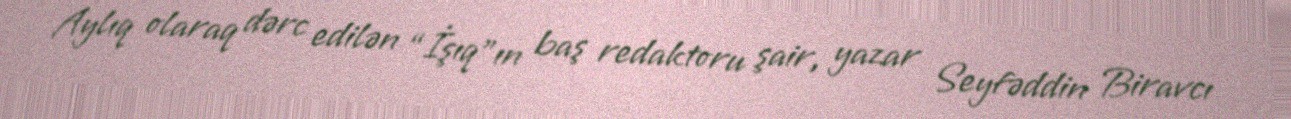
Aylıq olaraq dərc edilən “İşıq”ın baş redaktoru şair, yazar Seyfəddin Biravcı